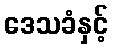
ဒေသခံနှင့်